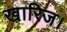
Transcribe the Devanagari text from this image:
खारिज।